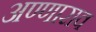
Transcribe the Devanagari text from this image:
अण्णाराव